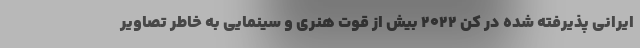
ایرانی پذیرفته شده در کن ۲۰۲۲ بیش از قوت هنری و سینمایی به خاطر تصاویر